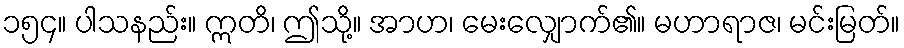
၁၅၄။ ပါသနည်း။ ဣတိ၊ ဤသို့။ အာဟ၊ မေးလျှောက်၏။ မဟာရာဇ၊ မင်းမြတ်။